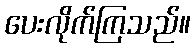
ပေးလိုက်ကြသည်။